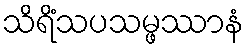
သိရိံသပသမ္ဖဿာနံ